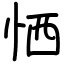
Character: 恓